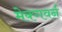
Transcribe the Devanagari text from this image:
मेक्गवर्न